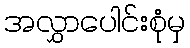
အလွှာပေါင်းစုံမှ